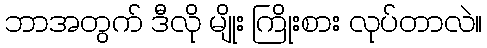
ဘာအတွက် ဒီလို မျိုး ကြိုးစား လုပ်တာလဲ။